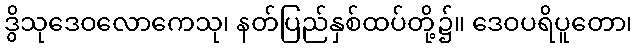
ဒွိသုဒေဝလောကေသု၊ နတ်ပြည်နှစ်ထပ်တို့၌။ ဒေဝပရိပူတော၊